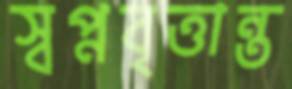
স্বপ্নবৃত্তান্ত